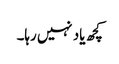
کچھ یاد نہیں رہا۔